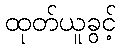
ထုတ်ယူခွင့်